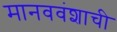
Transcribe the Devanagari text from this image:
मानववंशाची